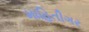
માહિતીગર